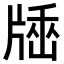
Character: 𤗠